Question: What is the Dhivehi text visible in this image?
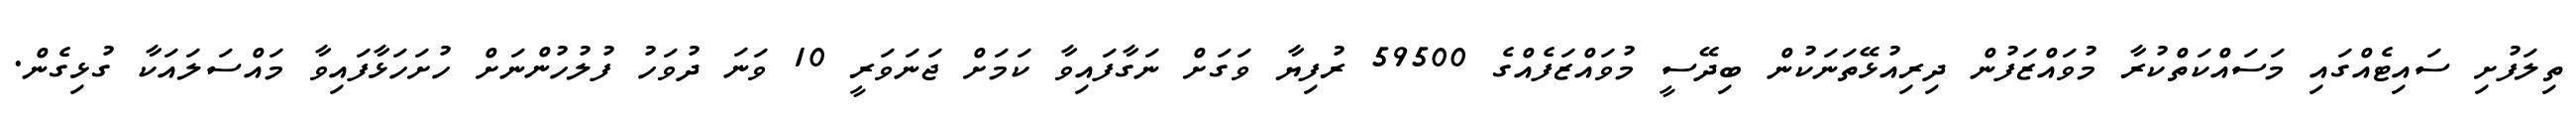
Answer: ތިލަފުށި ސައިޓެއްގައި މަސައްކަތްކުރާ މުވައްޒަފުން ދިރިއުޅޭތަނަކުން ބިދޭސީ މުވައްޒަފެއްގެ 59500 ރުފިޔާ ވަގަށް ނަގާފައިވާ ކަމަށް ޖަނަވަރީ 10 ވަނަ ދުވަހު ފުލުހުންނަށް ހުށަހަޅާފައިވާ މައްސަލައަކާ ގުޅިގެން.